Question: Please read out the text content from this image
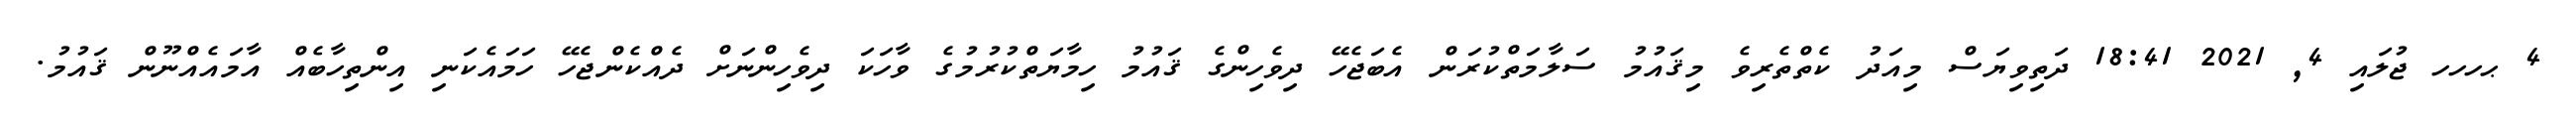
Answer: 4 ޙހހހ ޖުލައި 4, 2021 18:41 ދަތިވިޔަސް މިއަދު ކެތްތެރިވެ މިޤައުމު ސަލާމަތްކުރަން އެބަޖެހޭ ދިވެހިންގެ ޤައުމު ހިމާޔަތްކުރުމުގެ ވާހަކަ ދިވެހިންނަށް ދެއްކެންޖެހޭ ހަމައެކަނި އިންތިހާބެއް އާމައެއްނޫން ޤައުމު.